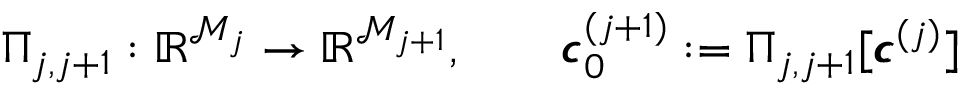
\Pi _ { j , j + 1 } : \mathbb { R } ^ { \mathcal { M } _ { j } } \to \mathbb { R } ^ { \mathcal { M } _ { j + 1 } } , \qquad \pmb { c } _ { 0 } ^ { ( j + 1 ) } : = \Pi _ { j , j + 1 } [ \pmb { c } ^ { ( j ) } ]